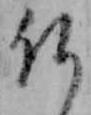
仏